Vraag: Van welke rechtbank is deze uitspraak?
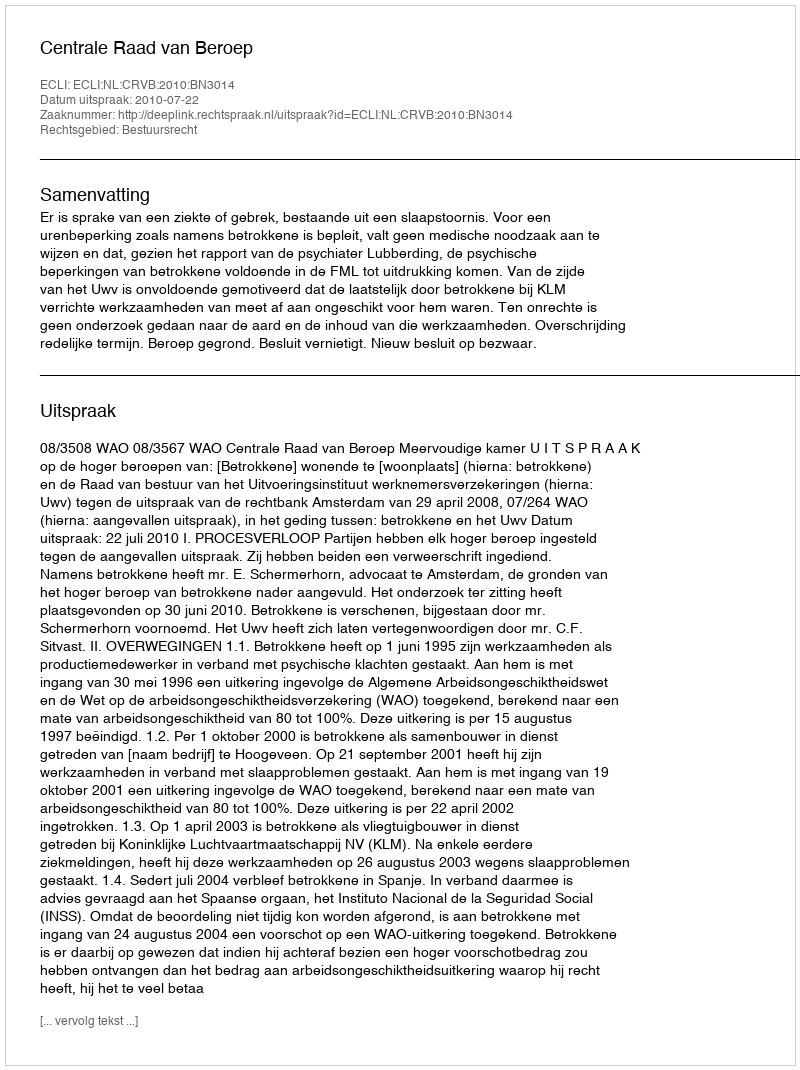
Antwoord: Centrale Raad van Beroep